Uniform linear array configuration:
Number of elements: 8
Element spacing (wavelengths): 0.25
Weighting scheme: blackman
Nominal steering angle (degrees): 45
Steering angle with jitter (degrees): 46.531
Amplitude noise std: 0.05
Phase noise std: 0.05

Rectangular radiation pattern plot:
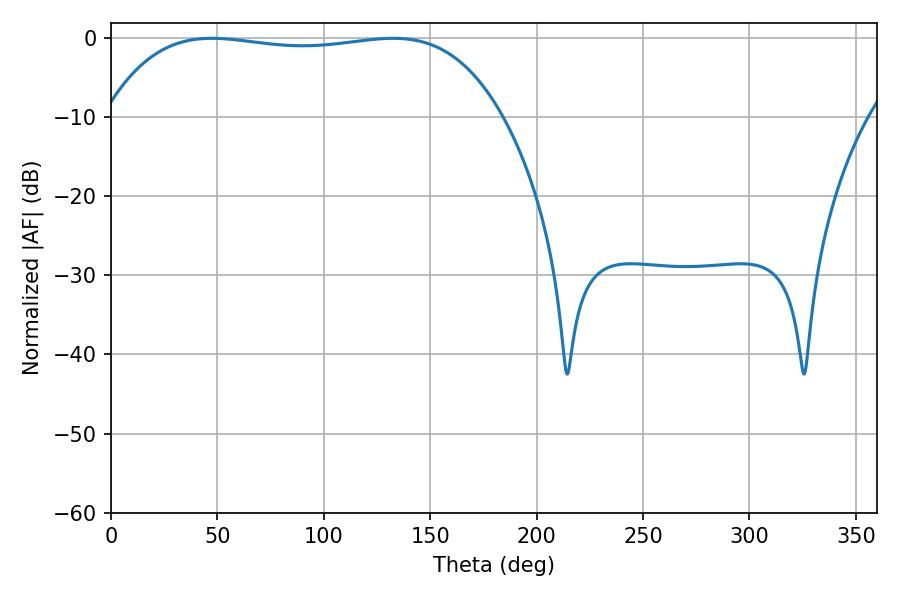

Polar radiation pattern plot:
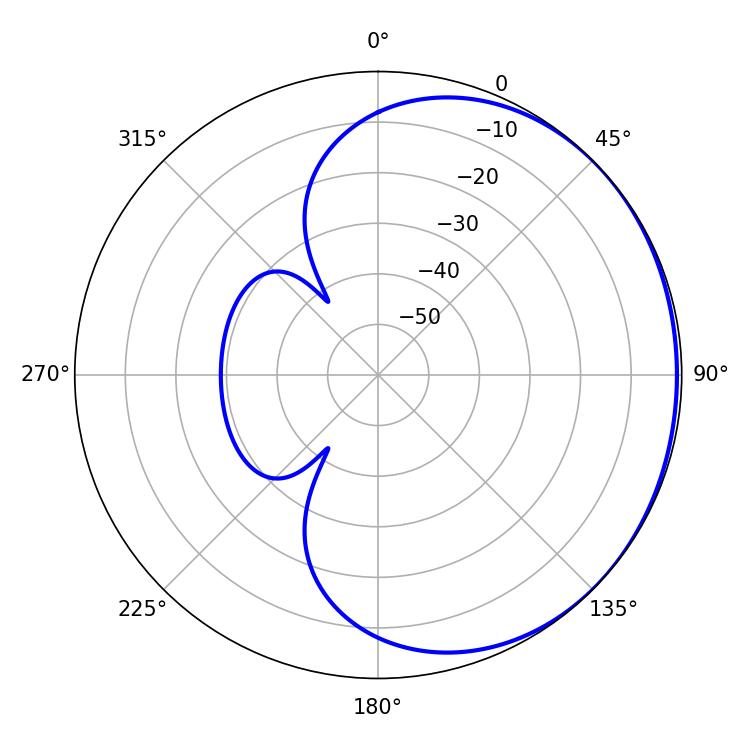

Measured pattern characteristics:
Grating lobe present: FALSE
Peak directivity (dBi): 0.6588
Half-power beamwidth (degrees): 148.32
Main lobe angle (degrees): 47.34